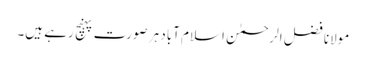
مولانا فضل الرحمٰن اسلام آباد ہر صورت پہنچ رہے ہیں۔